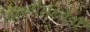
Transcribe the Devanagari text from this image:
दिल्लीमध्येही